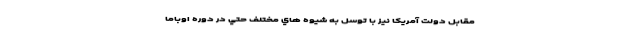
مقابل دولت آمريكا نيز با توسل به شيوه هاي مختلف حتي در دوره اوباما